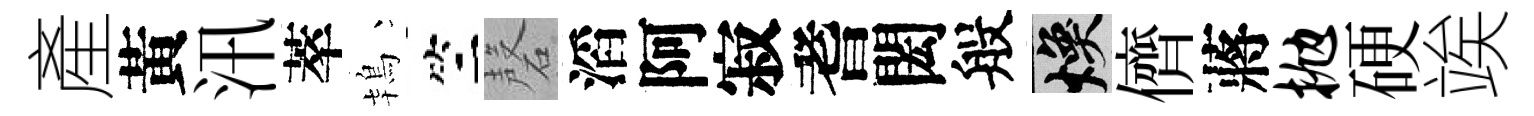
產黃汛萃鴇竺磬滔阿寂耆閎般焕儕蔣抛硬竢